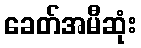
ခေတ်အမီဆုံး